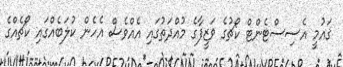
ޤައުމީ އެސިސްޓެންޓް ކޯޗުގެ ވަޒީފާގެ މުއްދަތުގައި އެއްވެސް އެހެން ކުލަބެއްގައި ކޯޗެއްގެ